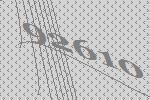
92610